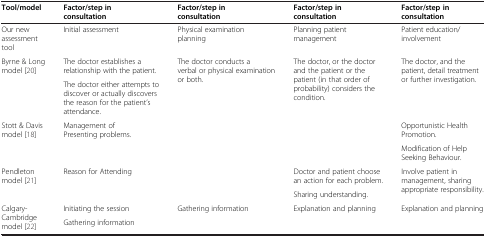
| Tool/model | Factor/step in consultation | Factor/step in consultation | Factor/step in consultation | Factor/step in consultation |
 | --- | --- | --- | --- | --- |
 | Our new assessment tool | Initial assessment | Physical examination planning | Planning patient management | Patient education/involvement |
 | <ROWSPAN=2> Byrne & Long model [20] | The doctor establishes a relationship with the patient. | <ROWSPAN=2> The doctor conducts a verbal or physical examination or both. | <ROWSPAN=2> The doctor, or the doctor and the patient or the patient (in that order of probability) considers the condition. | <ROWSPAN=2> The doctor, and the patient, detail treatment or further investigation. |
 | The doctor either attempts to discover or actually discovers the reason for the patient’s attendance. |
 | <ROWSPAN=2> Stott & Davis model [18] | <ROWSPAN=2> Management of Presenting problems. | <ROWSPAN=2>  | <ROWSPAN=2>  | Opportunistic Health Promotion. |
 | Modification of Help Seeking Behaviour. |
 | <ROWSPAN=2> Pendleton model [21] | <ROWSPAN=2> Reason for Attending | <ROWSPAN=2>  | Doctor and patient choose an action for each problem. | <ROWSPAN=2> Involve patient in management, sharing appropriate responsibility. |
 | Sharing understanding. |
 | <ROWSPAN=2> Calgary-Cambridge model [22] | Initiating the session | <ROWSPAN=2> Gathering information | <ROWSPAN=2> Explanation and planning | <ROWSPAN=2> Explanation and planning |
 | Gathering information |